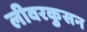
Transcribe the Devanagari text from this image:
लीवरकुसन